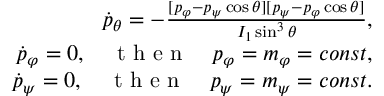
\begin{array} { r } { \dot { p } _ { \theta } = - \frac { [ p _ { \varphi } - p _ { \psi } \cos \theta ] [ p _ { \psi } - p _ { \varphi } \cos \theta ] } { I _ { 1 } \sin ^ { 3 } \theta } , } \\ { \dot { p } _ { \varphi } = 0 , \quad \mathrm { ~ t ~ h ~ e ~ n ~ } \quad p _ { \varphi } = m _ { \varphi } = c o n s t , } \\ { \dot { p } _ { \psi } = 0 , \quad \mathrm { ~ t ~ h ~ e ~ n ~ } \quad p _ { \psi } = m _ { \psi } = c o n s t . } \end{array}